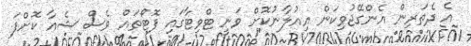
އެ ދެތަރިން އެންގޭޖުވިކަން އިއުލާނުކޮށް ވަނީ ޓްވިޓާގައި ފޮޓޯތައް ވެސް ޝެއާ ކޮށްފަ